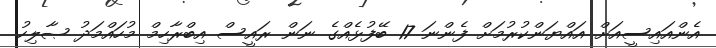
އެންއައިސީއަށް އައްޔަންކުރުމަށް ފެންނަ 17 ބޭފުޅެއްގެ ނަން ރައީސް އިބްރާހިމް މުހައްމަދު ޞާލިހު